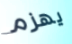
يهزم